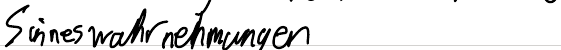
Sinneswahrnehmungen